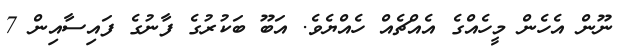
ނޫން އެހެން މީހެއްގެ އެއްޗެއް ހެއްޔެވެ. އަބޫ ބަކުރުގެ ފާނުގެ ފައިސާއިން 7